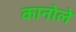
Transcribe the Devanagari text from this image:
कानोले